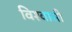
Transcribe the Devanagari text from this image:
विश्‍वासी